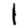
Digit: 1